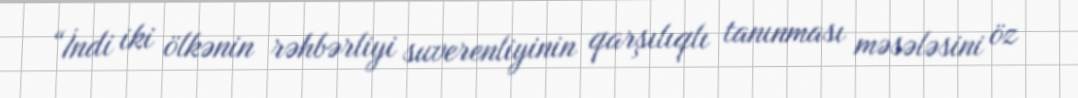
“İndi iki ölkənin rəhbərliyi suverenliyinin qarşılıqlı tanınması məsələsini öz